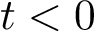
t < 0